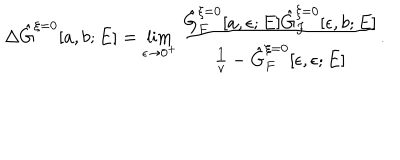
\Delta \hat { G } ^ { \xi = 0 } [ a , b ; E ] = \lim _ { \epsilon \rightarrow 0 ^ { + } } \frac { \hat { G } _ { F } ^ { \xi = 0 } [ a , \epsilon ; E ] \hat { G } _ { F } ^ { \xi = 0 } [ \epsilon , b ; E ] } { \frac { 1 } { v } - \hat { G } _ { F } ^ { \xi = 0 } [ \epsilon , \epsilon ; E ] } .